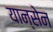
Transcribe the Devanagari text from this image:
यान्सेन